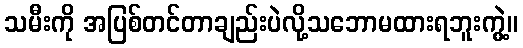
သမီးကို အပြစ်တင်တာချည်းပဲလို့သဘောမထားရဘူးကွဲ့။